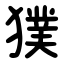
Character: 獛